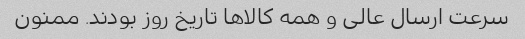
سرعت ارسال عالی و همه کالاها تاریخ روز بودند. ممنون